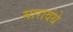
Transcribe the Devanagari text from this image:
मारावंथे